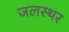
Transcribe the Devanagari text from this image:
जलस्थर